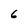
Character: 6